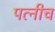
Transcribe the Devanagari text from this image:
पत्नीच